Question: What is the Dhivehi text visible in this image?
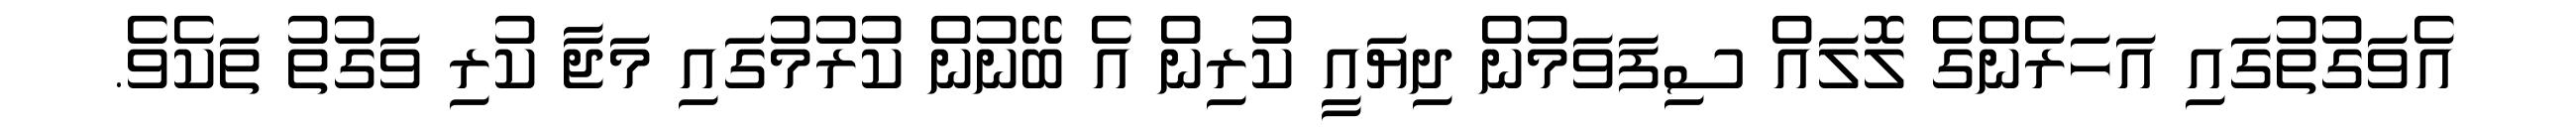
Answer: އެވަގުތުގައި އަހަރެންގެ ލޮލައް ސިފަވަމުން ދިޔައީ ކުރިން އެ ބޭނުން ކުރުމުގައި މަޖާ ކުރި ވަގުތު ތަކެވެ.